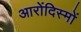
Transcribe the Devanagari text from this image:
आरोंदिस्मों